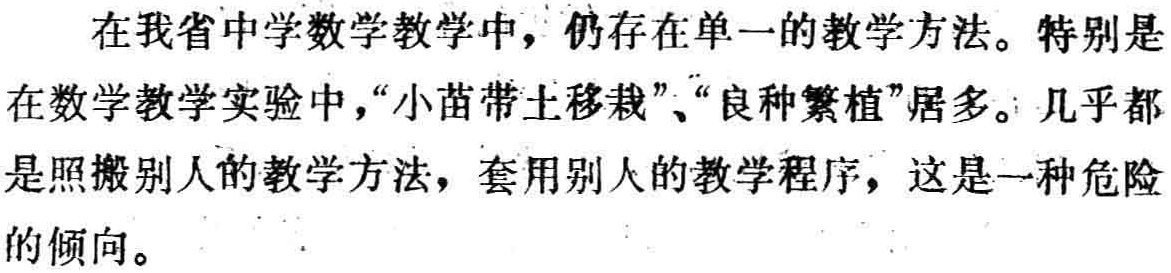
在我省中学数学教学中，仍存在单一的教学方法。特别是在数学教学实验中，“小苗带土移栽”、“良种繁植”居多。几乎都是照搬别人的教学方法，套用别人的教学程序，这是一种危险的倾向。